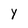
Character: Y